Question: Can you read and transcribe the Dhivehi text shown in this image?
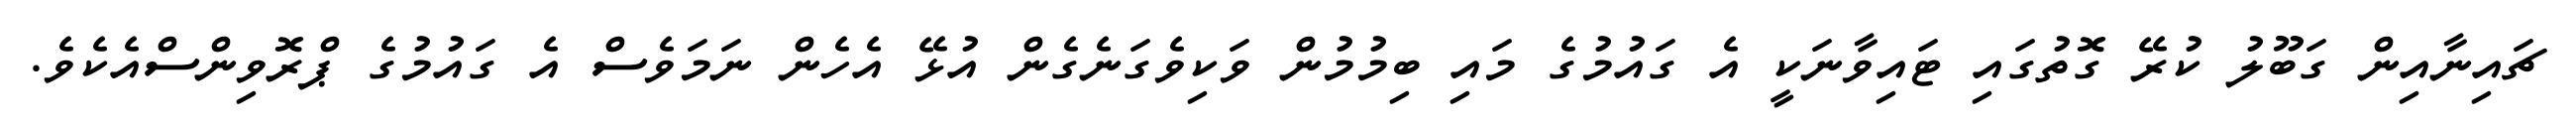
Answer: ޗައިނާއިން ގަބޫލު ކުރޭ ގޮތުގައި ޓައިވާނަކީ އެ ގައުމުގެ މައި ބިމުމުން ވަކިވެގަނެގެން އުޅޭ އެހެން ނަމަވެސް އެ ގައުމުގެ ޕްރޮވިންސްއެކެވެ.